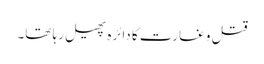
قتل و غارت کا دائرہ پھیل رہا تھا۔